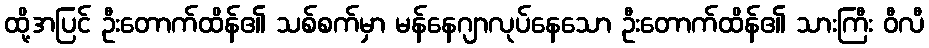
ထို့အပြင် ဦးတောက်ထိန်၏ သစ်စက်မှာ မန်နေဂျာလုပ်နေသော ဦးတောက်ထိန်၏ သားကြီး ဝီလီ